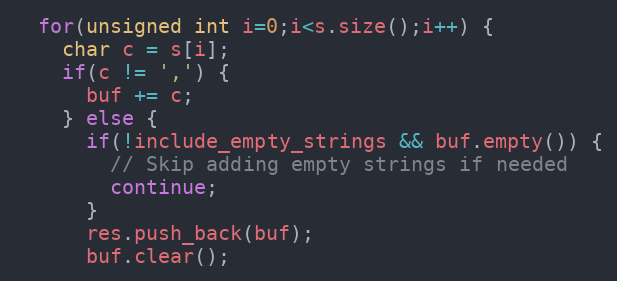
Language: C++
  for(unsigned int i=0;i<s.size();i++) {
    char c = s[i];
    if(c != ',') {
      buf += c;
    } else {
      if(!include_empty_strings && buf.empty()) {
        // Skip adding empty strings if needed
        continue;
      }
      res.push_back(buf);
      buf.clear();